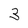
Character: 3